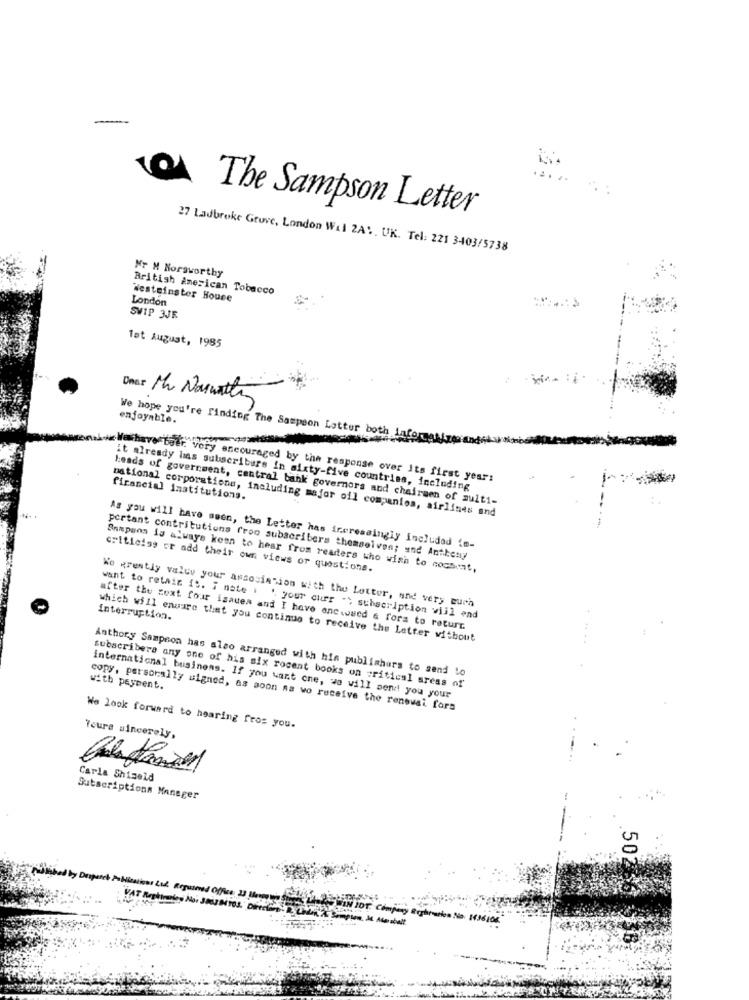
The Sampson Letter
27 Ladbroke Grove, London Wal 2A .. UK. Tel: 221 3403/5738
Mr M Horsworthy
British American Tobacco
London
Westeinster House
SWIP 3JE
1st August, 1985
Dnes Mr Naruathe
enjoyable.
We hope you're Finding The Sampson Latter both Laformaal
Wathave beer. very encouraged by the response over Its first year:
it already has subscribers in sixty-five countries, including
financial Institutions.
heads of government, central bank governors and chairmen of multi-
national corporations, including major oil companies, airlines and
As you will have seen, the Letter has increasingly included im-
portant contributions from subscribers themselves; and Antibeny
criticise or add their own views or questions.
Annpann is always keen to hear from readers who wish to cochont,
We greatly value your association with the Letter, and very euch
interruption.
want to retain it. i note : ' your ouur "> subscription vijl end
after the text four isauen and I have onewwwed & fors to returr.
which will ensure that you continue to receive the Letter without
Anthory Sampson has also arranged with him publishers to send to
with payment.
subscribers any one of his six rocent books on critical areas of
international business. If you want cne, we will send you your
copy, personally signed, as soon ma wo receive the renewal fors
We look forward to hearing from you.
Yours sincerely,
Carla Shizeld
Subscriptions Manager
502
Collated by Dispares Pollination od. Required Office 20 m